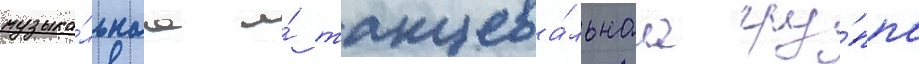
музыка́льнаа и́ танцева́льнаа гру́ппа